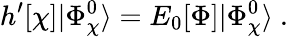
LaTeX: h^{\prime}[\chi]|\Phi_{\chi}^{0}\rangle=E_{0}[\Phi]|\Phi_{\chi}^{0}\rangle\ .